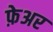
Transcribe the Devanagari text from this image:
फ़ेअर